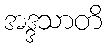
အဒ္ဒသာတိ